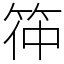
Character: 筗